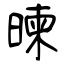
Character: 暕